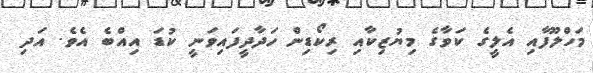
މަހްލޫފާއި އެލީގެ ކަވާގެ މިޔުޒިކާއި ރިކޯޑިން ހަދާދީފައިވަނީ ކުޑަ އިއްބެ އެވެ. އަދި